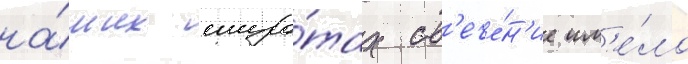
на́ших широ́тах св'ече́н'ие им'е́ло